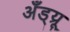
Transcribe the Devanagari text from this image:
अँड्य्रू